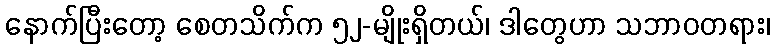
နောက်ပြီးတော့ စေတသိက်က ၅၂-မျိုးရှိတယ်၊ ဒါတွေဟာ သဘာဝတရား၊